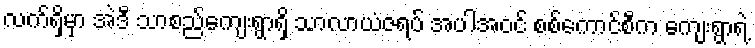
လက်ရှိမှာ အဲဒီ သာစည်ကျေးရွာရှိ သာလာယံဇရပ် အပါအဝင် စစ်ကောင်စီက ကျေးရွာရဲ့